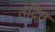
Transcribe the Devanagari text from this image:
तंद्रित